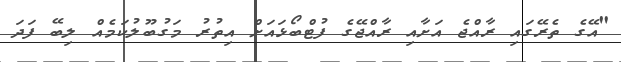
"އޭގެ ތެރޭގައި ރާއްޖެ އަށާއި ރާއްޖޭގެ ފުޓްބޯޅައަށް އިތުރު މަގުބޫލުކަމެއް ލިބޭ ފަދަ